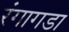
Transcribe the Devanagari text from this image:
रंगागडा